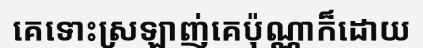
គេទោះស្រឡាញ់គេប៉ុណ្ណាក៏ដោយ